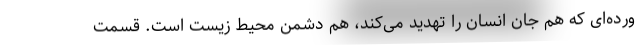
ورده‌ای که هم جان انسان را تهدید می‌کند، هم دشمن محیط زیست است. قسمت